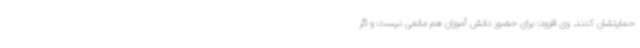
حمایتشان کنند. وی افزود: برای حضور دانش آموزان هم مانعی نیست و اگر